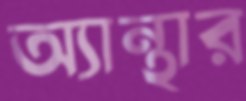
অ্যান্থার